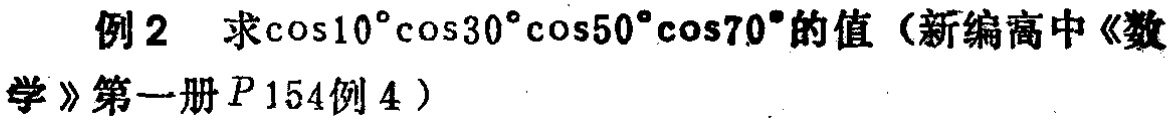
例2 求\(\cos10^{\circ}\cos30^{\circ}\cos50^{\circ}\cos70^{\circ}\)的值（新编高中《数学》第一册\(P_{}154\)例4）